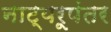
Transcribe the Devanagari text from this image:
नाट्यरूपंतर